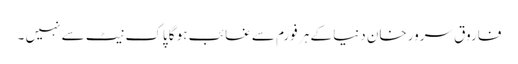
فاروق سرور خان دنیا کے ہر فورم سے غائب ہو گا پاک نیٹ سے نہیں ۔